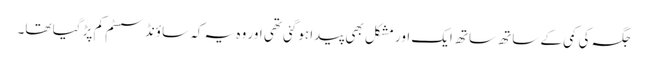
جگہ کی کمی کے ساتھ ساتھ ایک اور مشکل بھی پیدا ہوگئی تھی اور وہ یہ کہ ساؤنڈ سسٹم کم پڑ گیا تھا۔